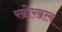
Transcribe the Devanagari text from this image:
खोखल